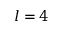
l = 4